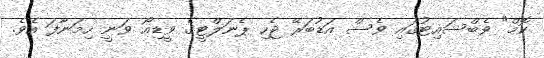
ކޮމް" ވެބްސައިޓުގައި ވެސް އަޑުބަރޭ ޖެހި ޕެނަލްޓީގެ ވީޑިއޯ ވަނީ ހިމަނާފަ އެވެ.